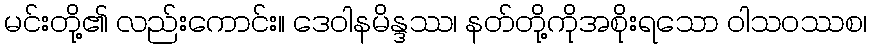
မင်းတို့၏ လည်းကောင်း။ ဒေဝါနမိန္ဒဿ၊ နတ်တို့ကိုအစိုးရသော ဝါသဝဿစ၊